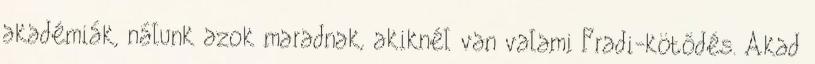
akadémiák, nálunk azok maradnak, akiknél van valami Fradi-kötődés. Akad